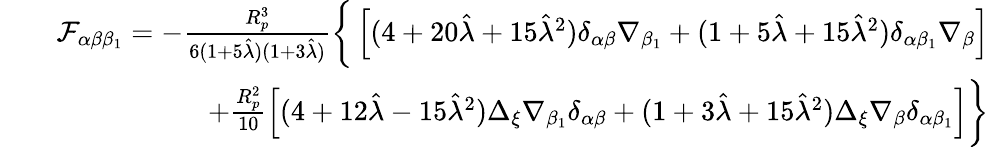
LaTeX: \begin{array}{rlr}&{}&{\mathcal{F}_{\alpha\beta\beta_{1}}=-\frac{R_{p}^{3}}{6(1+5\hat{\lambda})(1+3\hat{\lambda})}\bigg\{ \left[(4+20\hat{\lambda}+15\hat{\lambda}^{2})\delta_{\alpha\beta}\nabla_{\beta_{1}}+(1+5\hat{\lambda}+15\hat{\lambda}^{2})\delta_{\alpha\beta_{1}}\nabla_{\beta}\right]}\\ &{}&{+\frac{R_{p}^{2}}{10}\left[(4+12\hat{\lambda}-15\hat{\lambda}^{2})\Delta_{\xi}\nabla_{\beta_{1}}\delta_{\alpha\beta}+(1+3\hat{\lambda}+15\hat{\lambda}^{2})\Delta_{{\xi}}\nabla_{\beta}\delta_{\alpha\beta_{1}}\right]\bigg\} }\end{array}